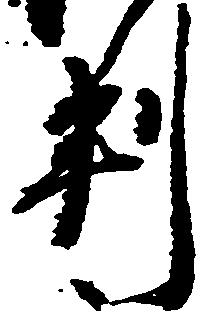
判